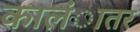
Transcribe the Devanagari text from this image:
कालंातर